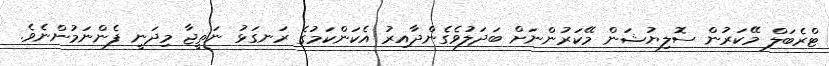
ޓްރެބަލް މޭކަރުން ސޮލިޔުޝަން މޭކަރުންނަށް ބަދަލުވެގެންދާއިރު އެކަންކަމުގެ ރަނގަޅު ނަތީޖާ މިދަނީ ފެންނަމުންނެވެ.